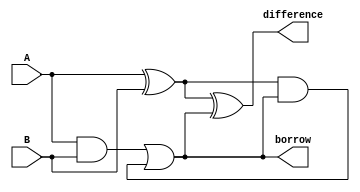
module comb_logic_subtractor(A, B, difference, borrow);
   input A, B;
   output difference, borrow;
   
   wire x, y, z;
   
   assign x = A ^ B;
   assign y = A & B;
   
   assign difference = x ^ borrow;
   assign z = x & borrow;
   assign borrow = y | z;
endmodule